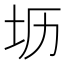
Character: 坜